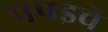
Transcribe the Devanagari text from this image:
पपइचे